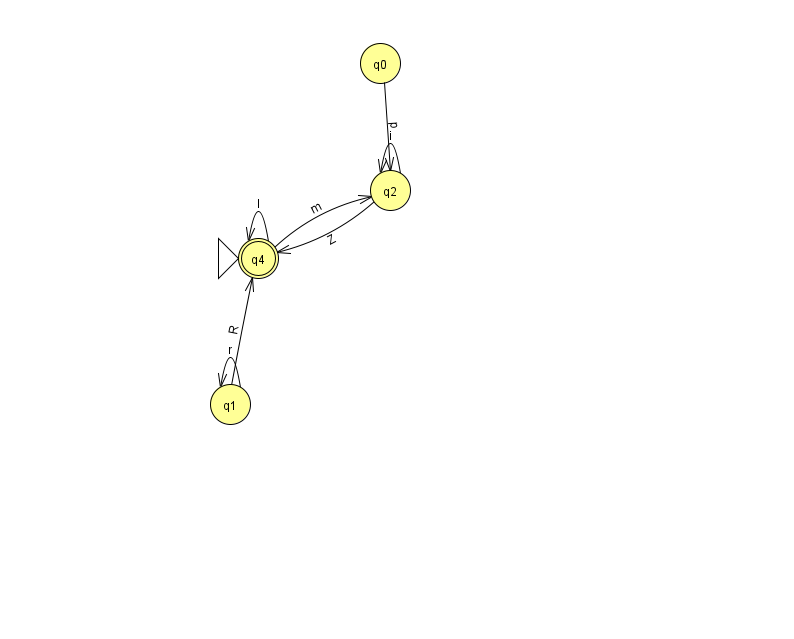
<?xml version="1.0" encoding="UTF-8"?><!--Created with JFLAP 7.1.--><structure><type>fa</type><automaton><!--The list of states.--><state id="0" name="q0"><x>380.0</x><y>50.0</y></state><state id="1" name="q1"><x>230.0</x><y>391.0</y></state><state id="2" name="q2"><x>390.0</x><y>177.0</y></state><state id="3" name="q3"><x>835.0</x><y>189.0</y></state><state id="4" name="q4"><x>258.0</x><y>245.0</y><initial/><final/></state><!--The list of transitions.--><transition><from>0</from><to>2</to><read>p</read></transition><transition><from>1</from><to>1</to><read>r</read></transition><transition><from>3</from><to>3</to><read>b</read></transition><transition><from>2</from><to>2</to><read>i</read></transition><transition><from>2</from><to>4</to><read>Z</read></transition><transition><from>1</from><to>4</to><read>R</read></transition><transition><from>4</from><to>4</to><read>l</read></transition><transition><from>4</from><to>2</to><read>m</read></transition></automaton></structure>